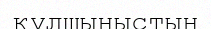
құлшыныстың